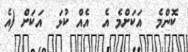
ކޮންމެ  އަކަށްމެ އެ  އެއް ކުޅަ  އަކަށް (އެ